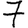
Digit: 7